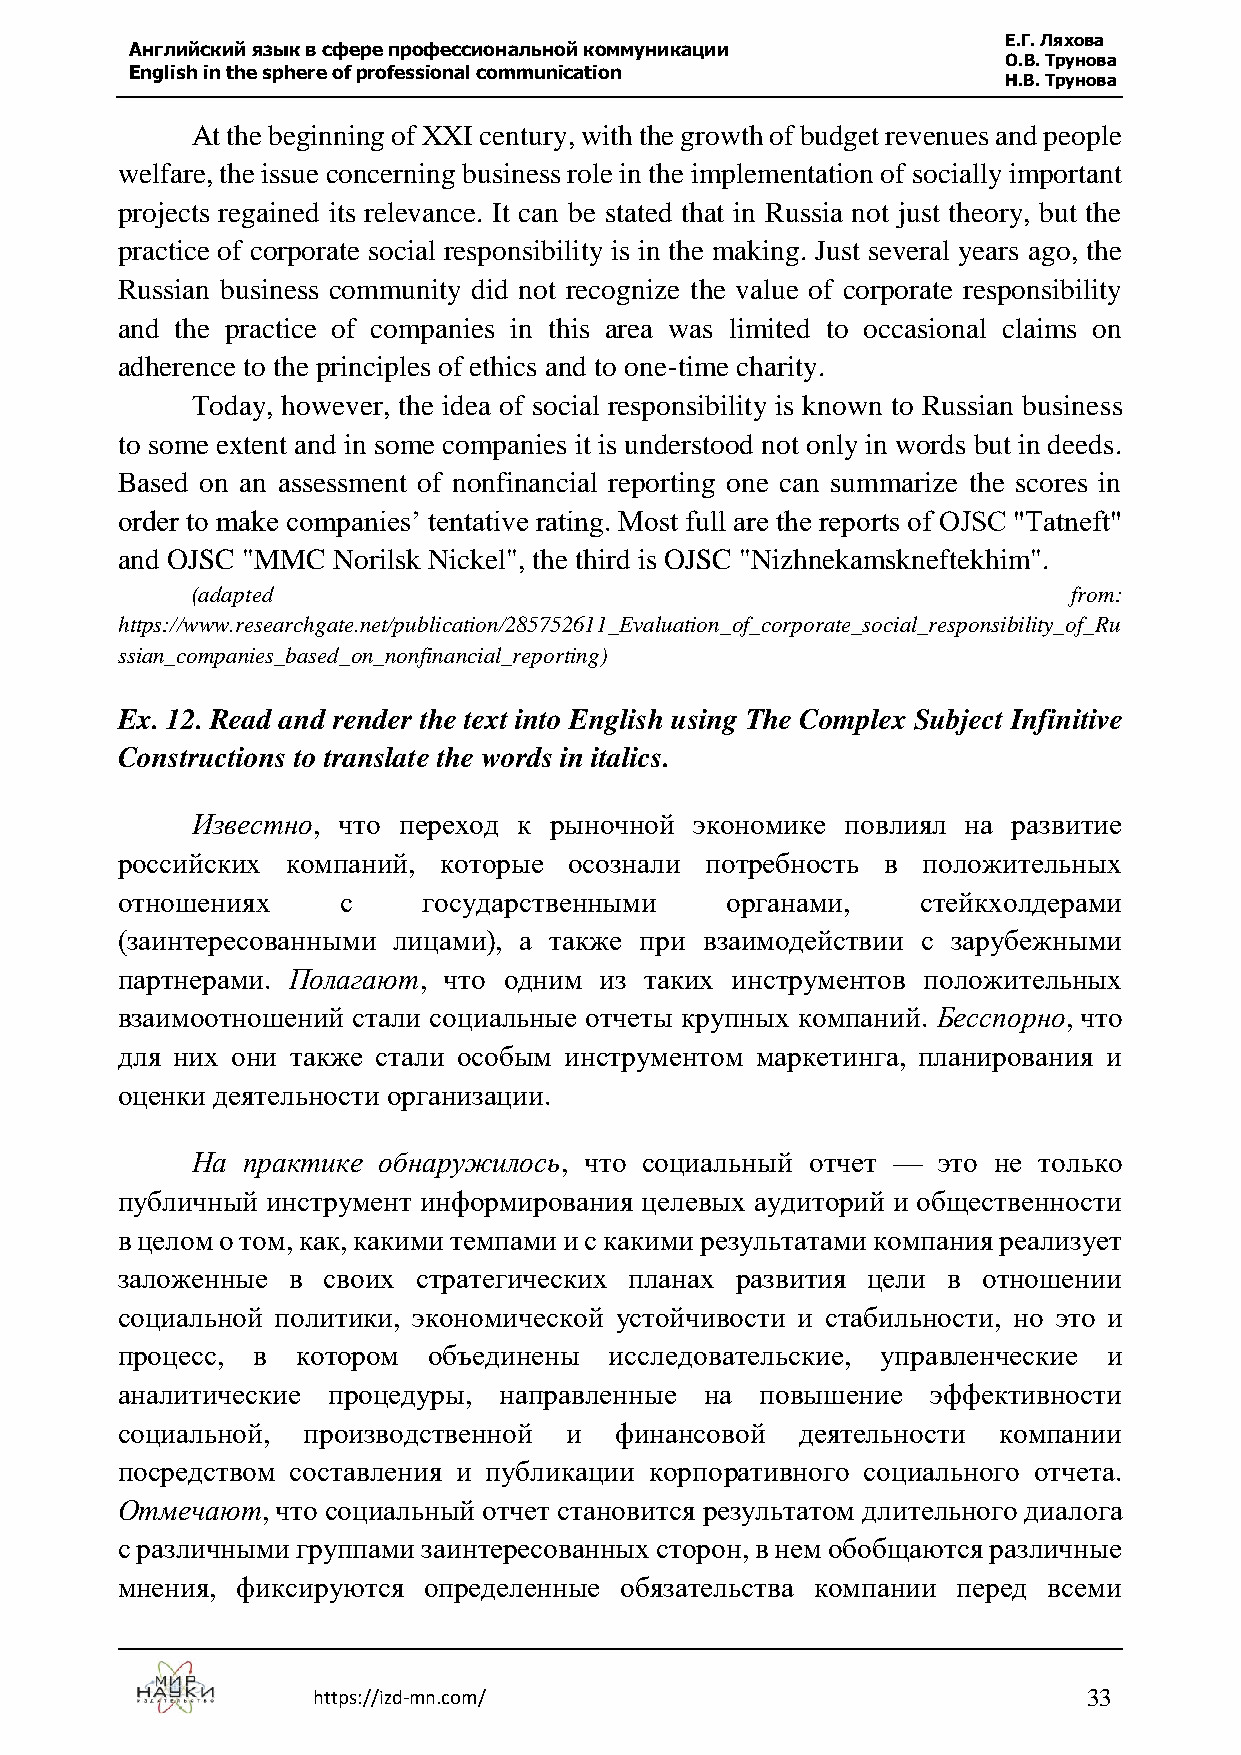
Е.Г. Ляхова
 Английский язык в сфере профессиональной коммуникации
 О.В. Трунова
 English in the sphere of professional communication
 Н.В. Трунова
 At the beginning of XXI century, with the growth of budget revenues and people
 welfare, the issue concerning business role in the implementation of socially important
 projects regained its relevance. It can be stated that in Russia not just theory, but the
 practice of corporate social responsibility is in the making. Just several years ago, the
 Russian business community did not recognize the value of corporate responsibility
 and the practice of companies in this area was limited to occasional claims on
 adherence to the principles of ethics and to one-time charity.
 Today, however, the idea of social responsibility is known to Russian business
 to some extent and in some companies it is understood not only in words but in deeds.
 Based on an assessment of nonfinancial reporting one can summarize the scores in
 order to make companies’ tentative rating. Most full are the reports of OJSC "Tatneft"
 and OJSC "MMC Norilsk Nickel", the third is OJSC "Nizhnekamskneftekhim".
 (adapted                                                  from:
 https://www.researchgate.net/publication/285752611_Evaluation_of_corporate_social_responsibility_of_Ru
 ssian_companies_based_on_nonfinancial_reporting)
 Ex. 12. Read and render the text into English using The Complex Subject Infinitive
 Constructions to translate the words in italics.
 Известно, что переход к рыночной экономике повлиял на развитие
 российских компаний, которые  осознали потребность в положительных
 отношениях     с    государственными    органами,    стейкхолдерами
 (заинтересованными лицами), а также при взаимодействии с зарубежными
 партнерами. Полагают, что одним из таких инструментов положительных
 взаимоотношений стали социальные отчеты крупных компаний. Бесспорно, что
 для них они также стали особым инструментом маркетинга, планирования и
 оценки деятельности организации.
 На практике обнаружилось, что социальный отчет — это не только
 публичный инструмент информирования целевых аудиторий и общественности
 в целом о том, как, какими темпами и с какими результатами компания реализует
 заложенные в своих  стратегических планах развития цели в отношении
 социальной политики, экономической устойчивости и стабильности, но это и
 процесс, в  котором объединены  исследовательские, управленческие и
 аналитические процедуры, направленные  на повышение   эффективности
 социальной, производственной и   финансовой  деятельности компании
 посредством составления и публикации корпоративного социального отчета.
 Отмечают, что социальный отчет становится результатом длительного диалога
 с различными группами заинтересованных сторон, в нем обобщаются различные
 мнения, фиксируются определенные обязательства компании перед всеми
 https://izd-mn.com/                                33